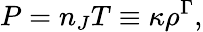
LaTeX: P=n_{J}T\equiv\kappa\rho^{\Gamma},